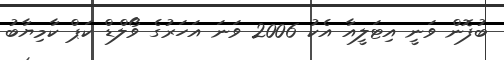
ބުފޮން ވަނީ އިޓަލީއާ އެކު 2006 ވަނަ އަހަރުގެ ވޯލްޑް ކަޕް ކާމިޔާބު